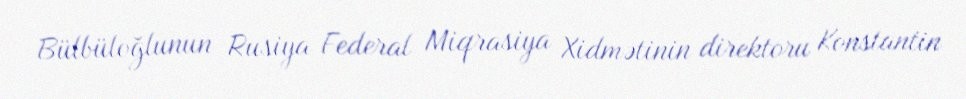
Bülbüloğlunun Rusiya Federal Miqrasiya Xidmətinin direktoru Konstantin